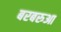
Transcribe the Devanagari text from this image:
बरबरुआ